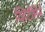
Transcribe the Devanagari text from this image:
व्हिटॅमिने